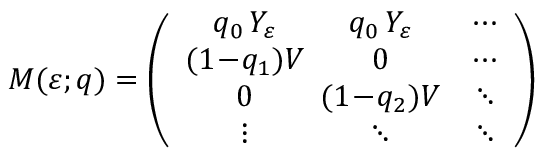
\boldsymbol { M } ( \varepsilon ; \boldsymbol { q } ) = \left( \begin{array} { c c c } { q _ { 0 } \, Y _ { \varepsilon } } & { \! \! \! q _ { 0 } \, Y _ { \varepsilon } } & { \cdots } \\ { ( 1 \! - \! q _ { 1 } ) V } & { \! \! \! 0 } & { \cdots } \\ { 0 } & { \! \! \! ( 1 \! - \! q _ { 2 } ) V } & { \ddots } \\ { \vdots } & { \! \! \! \ddots } & { \ddots } \end{array} \right)